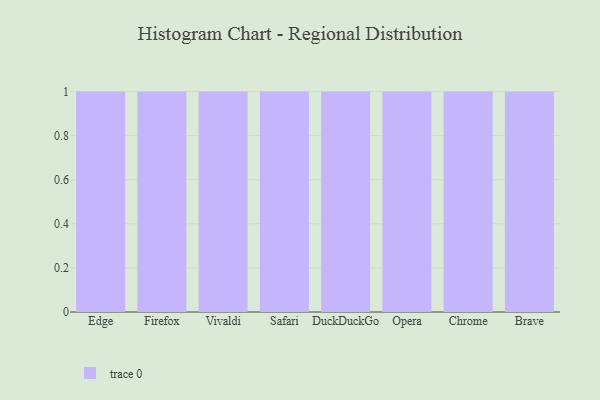
{"axis": {"x": "Browser", "y": "Market Share (%)"}, "legend": [""], "data": [{"x": "Edge", "y": 85, "type": ""}, {"x": "Firefox", "y": 89, "type": ""}, {"x": "Vivaldi", "y": 92, "type": ""}, {"x": "Safari", "y": 64, "type": ""}, {"x": "DuckDuckGo", "y": 99, "type": ""}, {"x": "Opera", "y": 2, "type": ""}, {"x": "Chrome", "y": 66, "type": ""}, {"x": "Brave", "y": 9, "type": ""}]}